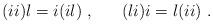
LaTeX: \begin{align*}(ii)l = i(il)~, ~~~~~ (li)i = l(ii) ~.\end{align*}